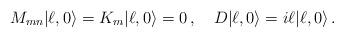
LaTeX: \begin{align*} M_{mn}|\ell,0\rangle = K_m |\ell,0\rangle = 0\,, \quad D|\ell,0\rangle = i\ell |\ell,0\rangle\,.\end{align*}